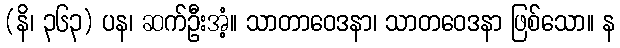
(နိ၊ ၃၆၃) ပန၊ ဆက်ဦးအံ့။ သာတာဝေဒနာ၊ သာတဝေဒနာ ဖြစ်သော။ န